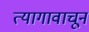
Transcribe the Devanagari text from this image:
त्यागावाचून